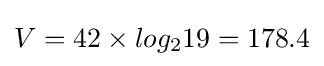
V=42\times log_{2}19=178.4